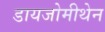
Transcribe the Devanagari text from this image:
डायजोमीथेन